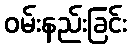
ဝမ်းနည်းခြင်း